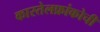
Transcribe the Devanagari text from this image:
कास्तेलफ्रांकोची